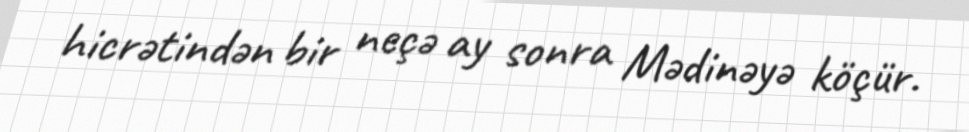
hicrətindən bir neçə ay sonra Mədinəyə köçür.